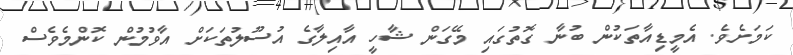
ކަމަށެވެ. އެމީޑިއާތަކުން ބުނާ ގޮތުގައި މޭގަން ޝާހީ އާއިލާގެ އުސޫލުތަކަށް އާވުމުން ކޮންމެވެސް